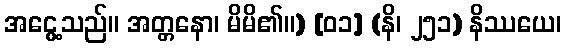
အငွေ့သည်။ အတ္တနော၊ မိမိ၏။) [၀၁] (နိ၊ ၂၅၁) နိဿယေ၊